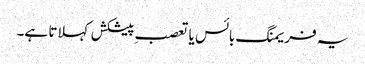
یہ فریمنگ بائس یا تعصبِ پیشکش کہلاتا ہے۔